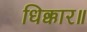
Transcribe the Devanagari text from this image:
धिक्कार॥